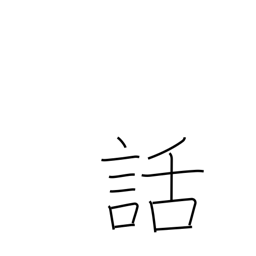
Meaning: tale